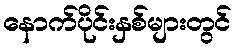
နောက်ပိုင်းနှစ်များတွင်